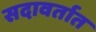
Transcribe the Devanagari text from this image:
सदावर्तात